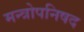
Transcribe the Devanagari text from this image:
मन्त्रोपनिषद